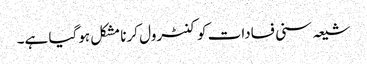
شیعہ سنی فسادات کو کنٹرول کرنا مشکل ہوگیا ہے۔